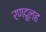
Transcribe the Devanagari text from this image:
रणदूलह